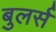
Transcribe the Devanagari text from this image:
बुलर्स